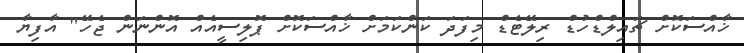
ޚާއްސަކޮށް ޗައިލްޑްހުޑް ރިލޭޓެޑް މިފަދަ ކަންކަމަށް ޚާއްސަކޮށް ޕޮލިސީއެއް އޮންނަން ޖެހޭ" އާފިޔާ